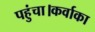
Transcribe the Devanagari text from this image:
पहुंचा।कर्वाका